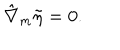
LaTeX: \hat { \nabla } _ { m } \tilde { \eta } = 0 .